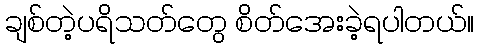
ချစ်တဲ့ပရိသတ်တွေ စိတ်အေးခဲ့ရပါတယ်။